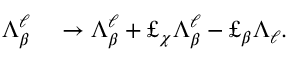
\begin{array} { r l } { \Lambda _ { \beta } ^ { \ell } } & { { } \to \Lambda _ { \beta } ^ { \ell } + \pounds _ { \chi } \Lambda _ { \beta } ^ { \ell } - \pounds _ { \beta } \Lambda _ { \ell } . } \end{array}